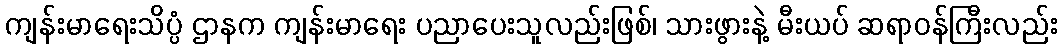
ကျန်းမာရေးသိပ္ပံ ဌာနက ကျန်းမာရေး ပညာပေးသူလည်းဖြစ်၊ သားဖွားနဲ့ မီးယပ် ဆရာဝန်ကြီးလည်း